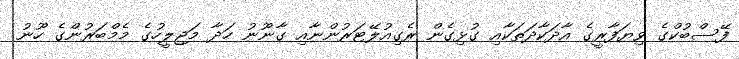
ފޭސްބުކްގެ ވިޔަފާރީގެ އާދަކާދަތަކާއި ގުޅިގެން ރެގިއުލޭޓަރުންނާއި ގާނޫނު ހަދާ މަޖިލީހުގެ މެމްބަރުންގެ ހޫނު